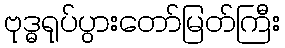
ဗုဒ္ဓရုပ်ပွားတော်မြတ်ကြီး